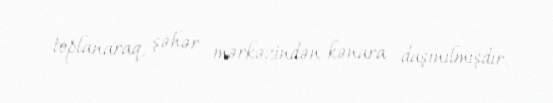
toplanaraq, şəhər mərkəzindən kənara daşınılmışdır.